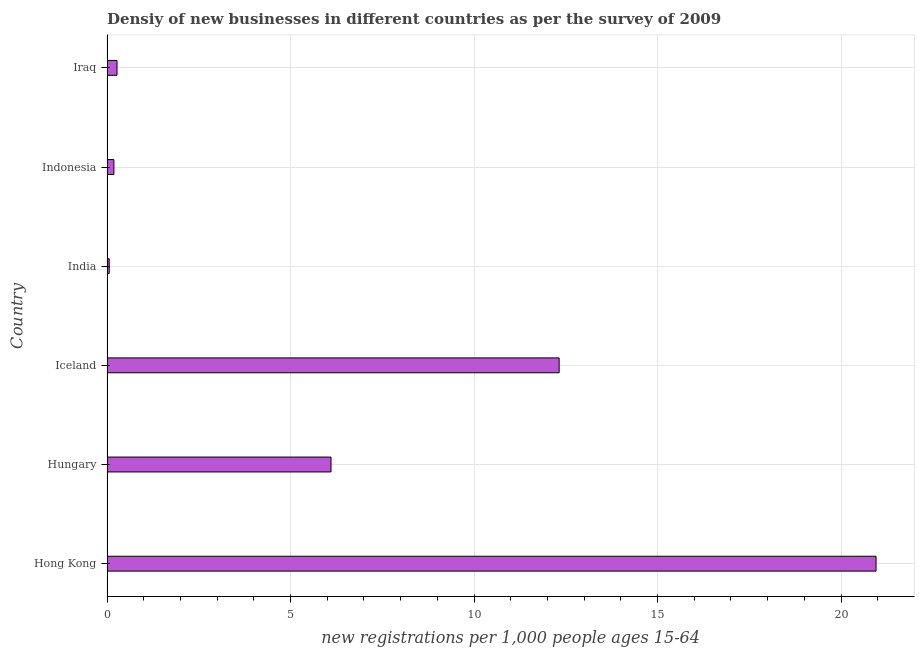
| Country | New business density |
 | --- | --- |
 | Hong Kong | 21 |
 | Hungary | 6.1 |
 | Iceland | 12.3 |
 | India | 0.06 |
 | Indonesia | 0.188 |
 | Iraq | 0.273 |